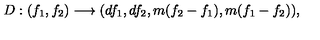
D : ( f _ { 1 } , f _ { 2 } ) \longrightarrow ( d f _ { 1 } , d f _ { 2 } , m ( f _ { 2 } - f _ { 1 } ) , m ( f _ { 1 } - f _ { 2 } ) ) ,